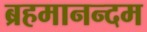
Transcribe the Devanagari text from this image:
ब्रहमानन्दम